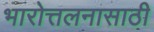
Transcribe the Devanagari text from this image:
भारोत्तलनासाठी